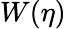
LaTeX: W(\eta)